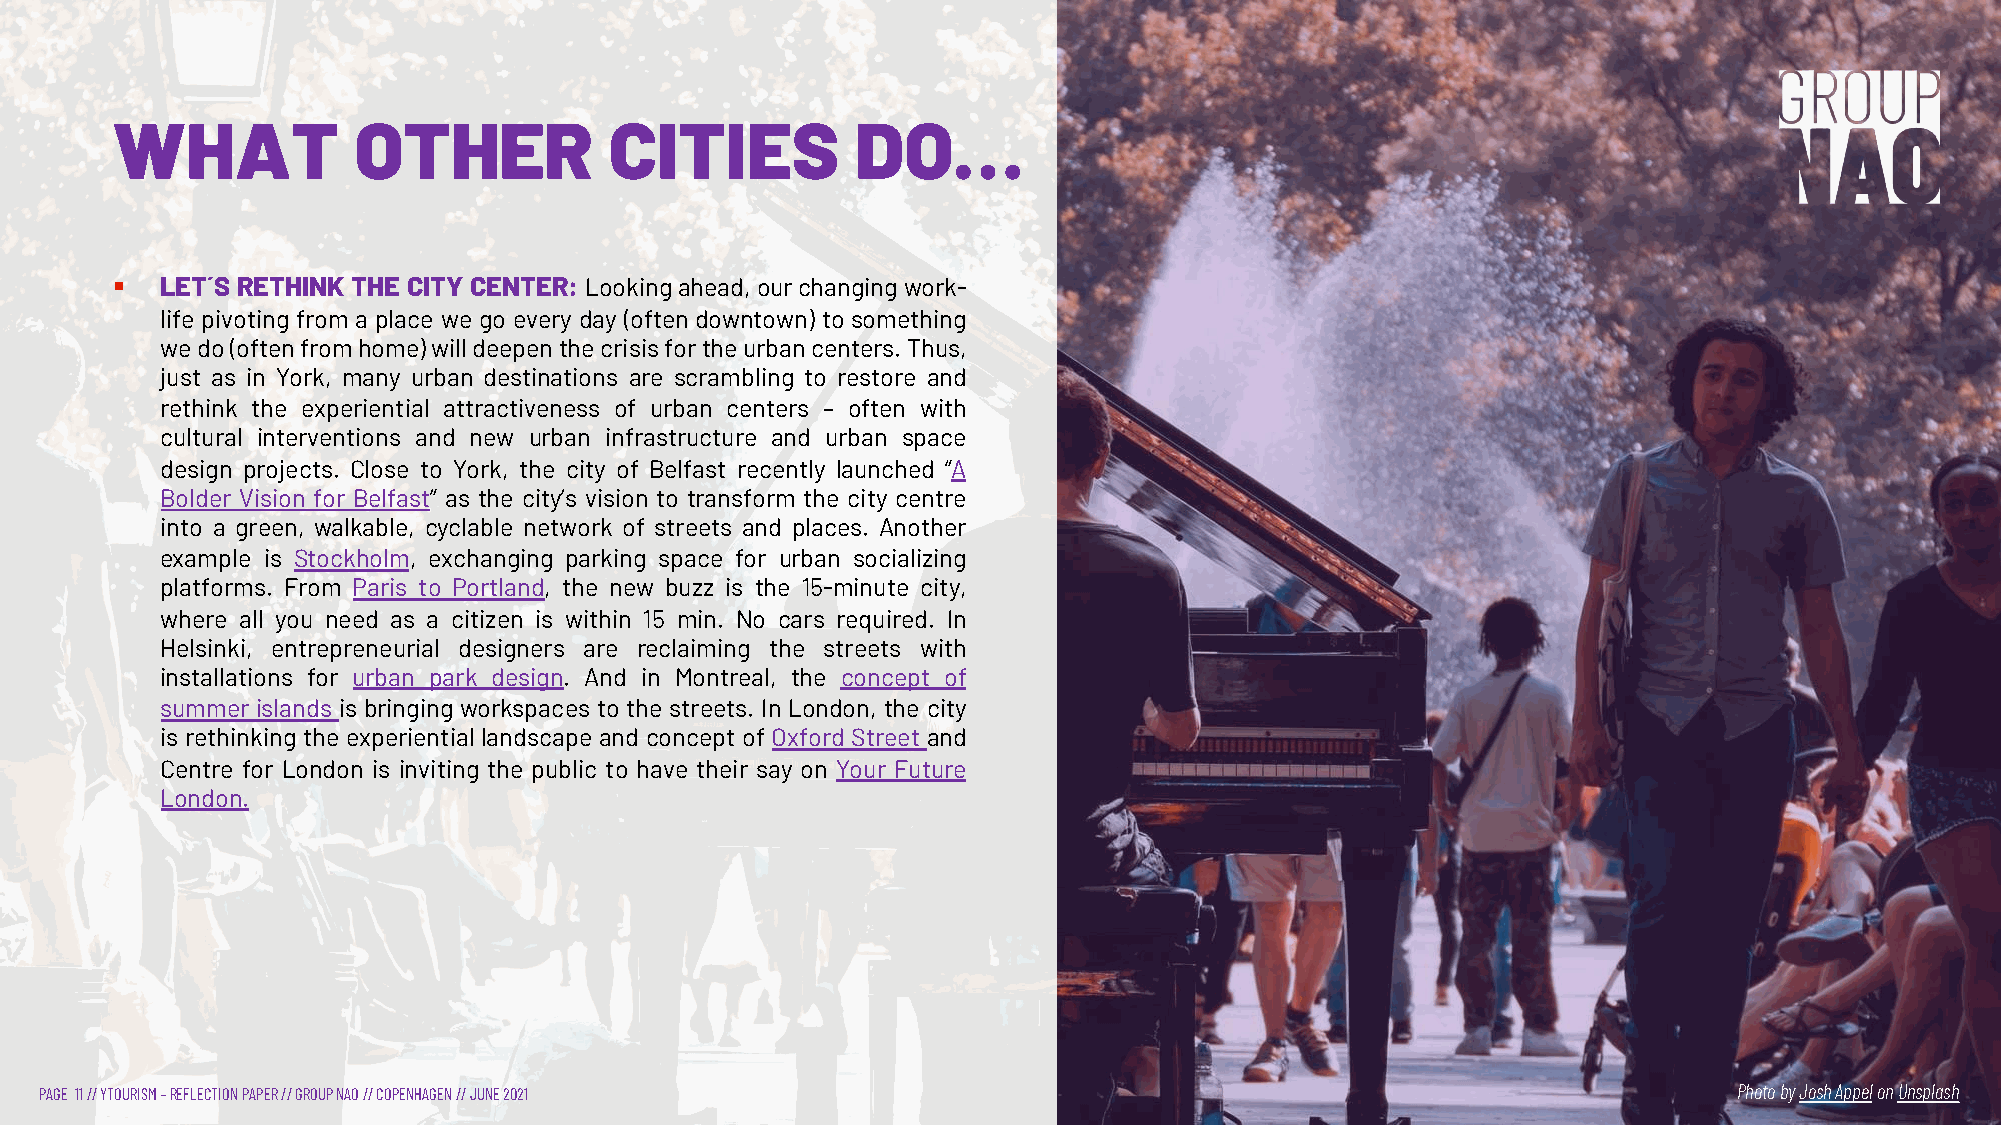
WHAT            OTHER            CITIES           DO…
 §   LET´S RETHINK THE CITY CENTER: Lookingahead,ourchangingwork-
 life pivoting from a place we go every day (often downtown) to something
 wedo(oftenfromhome)willdeepenthecrisisfortheurbancenters.Thus,
 just as in York, many urban destinations are scrambling to restore and
 rethink the experiential attractiveness of urban centers – often with
 cultural interventions and new urban infrastructure and urban space
 design projects. Close to York, the city of Belfast recently launched “A
 Bolder Vision for Belfast” as the city’s vision to transform the city centre
 into a green, walkable, cyclable network of streets and places. Another
 example is Stockholm, exchanging parking space for urban socializing
 platforms. From Paris to Portland, the new buzz is the 15-minute city,
 where all you need as a citizen is within 15 min. No cars required. In
 Helsinki, entrepreneurial designers are reclaiming the streets with
 installations for urban park design. And in Montreal, the concept of
 summer islands is bringing workspaces to the streets. In London, the city
 is rethinking the experiential landscape and concept of Oxford Street and
 Centre for London is inviting the public to have their say on Your Future
 London.
 PAGE 11// YTOURISM –REFLECTION PAPER // GROUP NAO // COPENHAGEN // JUNE 2021                                    Photo byJosh AppelonUnsplash